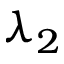
\lambda _ { 2 }